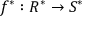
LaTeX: f ^ { * } : R ^ { * } \to S ^ { * }